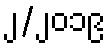
၂/၂၀၁၉